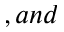
, a n d